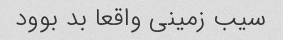
سیب زمینی واقعا بد بوود